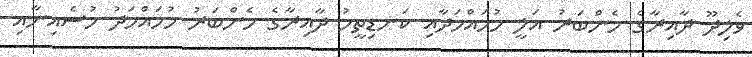
ވެލިދޫ ދާއިރާގެ މެންބަރު އަލީ މުހައްމަދާއި ކަނޑިތީމު ދާއިރާގެ މެންބަރު މުހައްމަދު ހުސެއިނާއި